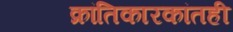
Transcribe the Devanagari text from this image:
क्रांतिकारकांतही